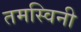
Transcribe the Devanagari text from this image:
तमस्विनी